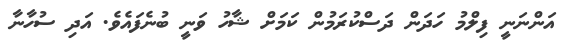
އަންނަނީ ފިލްމު ހަދަން ދަސްކުރަމުން ކަމަށް ޝާހު ވަނީ ބުނެފައެވެ. އަދި ސުހާނާ